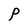
Character: P